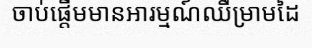
ចាប់ផ្តើមមានអារម្មណ៍ឈឺម្រាមដៃ